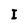
Character: I